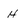
Character: H